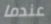
عندما